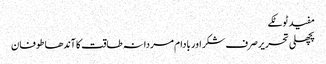
مفید ٹوٹکے
پچھلی تحریر صرف شکر اور بادام مردانہ طاقت کا آندھا طوفان